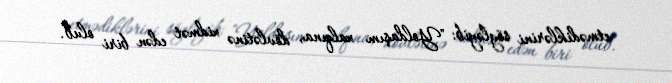
etmədiklərini söyləyib: "Yoldaşım xalqına, dövlətinə xidmət edən biri olub.